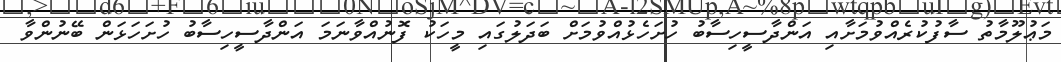
މަޢުލޫމާތު ސާފުކުރެއްވުމަށާއި އަންދާސީހިސާބު ހުށަހެޅުއްވުމަށް ބަދަލުގައި މީހަކު ފޮނުއްވާނަމަ އަންދާސީހިސާބު ހުށަހަޅަން ބޭނުންވާ